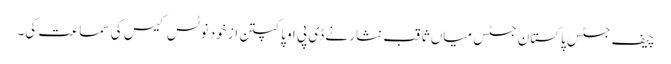
چیف جسٹس پاکستان جسٹس میاں ثاقب نثار نے ڈی پی او پاکپتن از خود نوٹس کیس کی سماعت کی۔